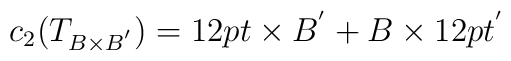
c_2(T_{B\times B^{'}})=12pt\times B^{'}+B\times 12pt^{'}